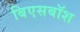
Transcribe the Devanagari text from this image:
बिएसबॉश